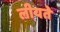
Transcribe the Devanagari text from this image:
लीयते